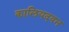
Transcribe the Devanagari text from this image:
कालियदवन